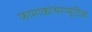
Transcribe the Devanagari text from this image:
फामाकोथेरप्यूटिक